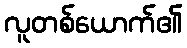
လူတစ်ယောက်၏